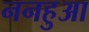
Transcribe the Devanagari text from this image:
ननहुआ